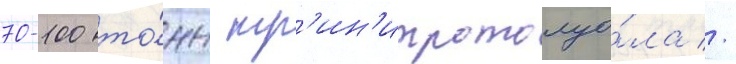
70-100 то́нн тр'ин'итротолуо́ла //